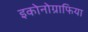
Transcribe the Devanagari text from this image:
इकोनोग्राफिया